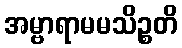
အမ္ဗာရာမမသိဉ္စတိ